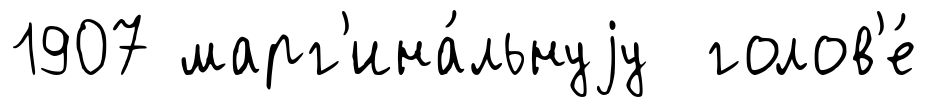
1907 марг'ина́льнуjу голов'е́